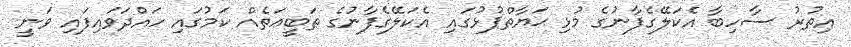
އިތުރު ސާހިބާ އެކަލޭގެފާނުގެ މުޅި ޙަޔާތްޕުޅުގައި އެކަލޭގެފާނުގެ ޠަބީޢަތެއް ކަމުގައި ހައްދަވައިފައި ވަނީ